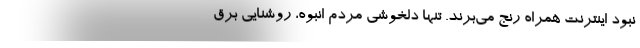
نبود اینترنت همراه رنج می‌برند. تنها دلخوشی مردم انبوه، روشنایی برق